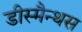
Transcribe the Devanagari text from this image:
डीस्मैन्थस